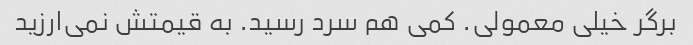
برگر خیلی معمولی. کمی هم سرد رسید. به قیمتش نمی‌ارزید